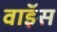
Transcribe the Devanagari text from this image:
वाॅइस